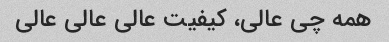
همه چی عالی، کیفیت عالی عالی عالی